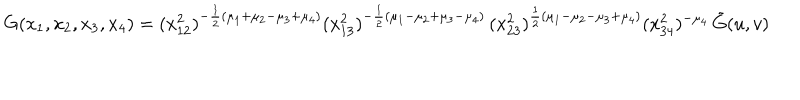
LaTeX: G ( x _ { 1 } , x _ { 2 } , x _ { 3 } , x _ { 4 } ) = ( x _ { 1 2 } ^ { 2 } ) ^ { - \frac { 1 } { 2 } ( \mu _ { 1 } + \mu _ { 2 } - \mu _ { 3 } + \mu _ { 4 } ) } ( x _ { 1 3 } ^ { 2 } ) ^ { - \frac { 1 } { 2 } ( \mu _ { 1 } - \mu _ { 2 } + \mu _ { 3 } - \mu _ { 4 } ) } \, ( x _ { 2 3 } ^ { 2 } ) ^ { \frac { 1 } { 2 } ( \mu _ { 1 } - \mu _ { 2 } - \mu _ { 3 } + \mu _ { 4 } ) } ( x _ { 3 4 } ^ { 2 } ) ^ { - \mu _ { 4 } } \, \tilde { G } ( u , v )